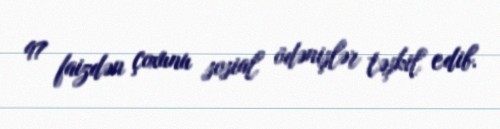
97 faizdən çoxunu sosial ödənişlər təşkil edib.